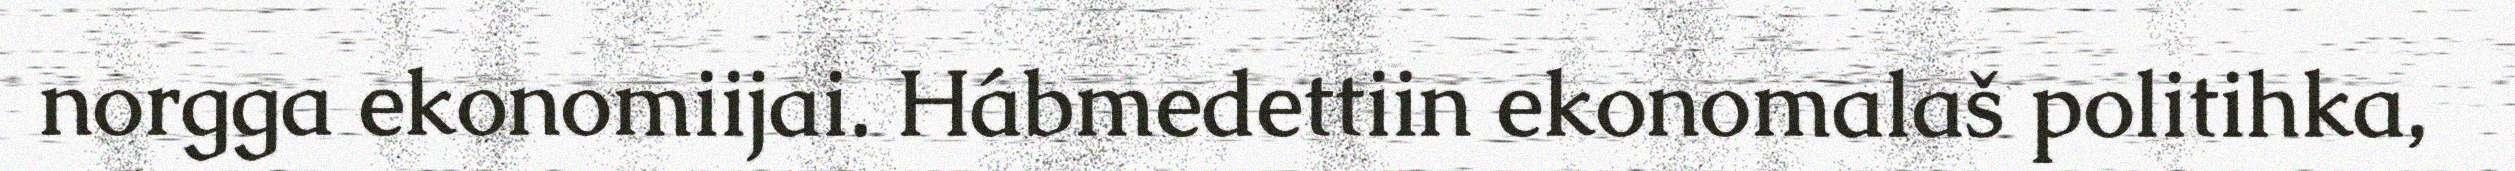
norgga ekonomiijai. Hábmedettiin ekonomalaš politihka,